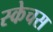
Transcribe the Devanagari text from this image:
स्केचस